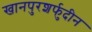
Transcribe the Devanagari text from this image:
खानपुरशर्फुदीन